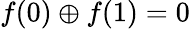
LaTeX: f(0)\oplus f(1)=0